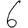
Digit: 6